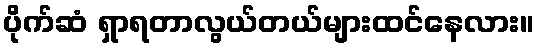
ပိုက်ဆံ ရှာရတာလွယ်တယ်များထင်နေလား။